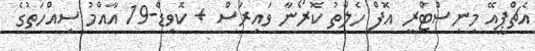
އެޗްޕީއޭ މިނިސްޓްރީ އޮފް ހެލްތު ކޮރޯނާ ވައިރަސް + ކޮވިޑް-19 އާއްމު ސިއްހަތުގެ